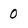
Character: 0